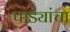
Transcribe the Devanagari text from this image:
पांड्यांचा